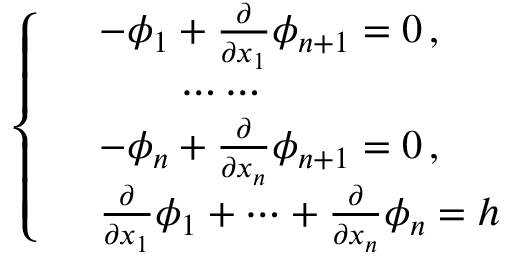
\left\{ \begin{array} { r l } & { - \phi _ { 1 } + \frac { \partial } { \partial x _ { 1 } } \phi _ { n + 1 } = 0 \, , } \\ & { \qquad \cdots \cdots } \\ & { - \phi _ { n } + \frac { \partial } { \partial x _ { n } } \phi _ { n + 1 } = 0 \, , } \\ & { \frac { \partial } { \partial x _ { 1 } } \phi _ { 1 } + \cdots + \frac { \partial } { \partial x _ { n } } \phi _ { n } = h } \end{array} \right.